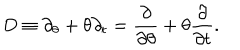
D \equiv \partial _ { \theta } + \theta \partial _ { t } = \frac { \partial } { \partial \theta } + \theta \frac { \partial } { \partial t } .